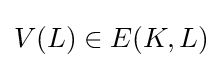
V(L)\in E(K,L)